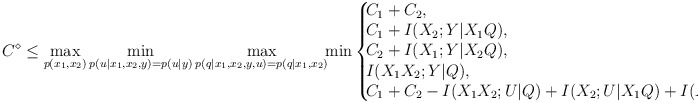
\begin{align*}C^{\diamond}\leq \max_{p(x_1,x_2)}\min_{p(u|x_1,x_2,y)=p(u|y)}\max_{p(q|x_1,x_2,y,u)=p(q|x_1,x_2)} \!\!\min\left\{\!\!\!\!\begin{array}{l}C_1+C_2,\\C_1+I(X_2;Y|X_1Q),\\C_2+I(X_1;Y|X_2Q),\\I(X_1X_2;Y|Q),\\C_1+C_2-I(X_1X_2;U|Q)+I(X_2;U|X_1Q)+I(X_1;U|X_2Q)\end{array}\!\!\!\!\right\}.\end{align*}